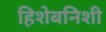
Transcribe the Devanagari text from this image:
हिशेबनिशी